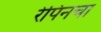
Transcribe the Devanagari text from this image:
रेपिनचा